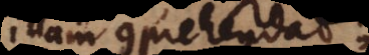
illam comprehendat;